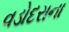
વડોદરાના